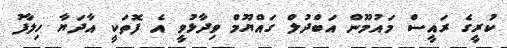
ކުރީގެ ރައީސް މައުމޫން އަބްދުލް ގައްޔޫމް ވިދާޅުވީ އެ ފޮތަކީ އާދަޔާ ހިލާފު